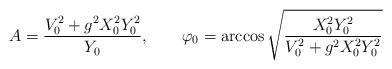
LaTeX: \begin{align*}A=\frac{V_0^2+g^2 X_0^2Y_0^2}{Y_0},\qquad \varphi_0=\arccos \sqrt{\frac{X_0^2Y_0^2}{V_0^2+g^2X_0^2Y_0^2}}\end{align*}